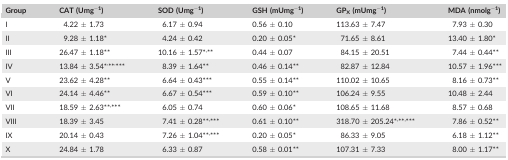
<table><thead><tr><td><b>Group</b></td><td><b>CAT (Umg<sup>−1</sup>)</b></td><td><b>SOD (Umg<sup>−1</sup>)</b></td><td><b>GSH (mUmg<sup>−1</sup>)</b></td><td><b>GP<sub>X</sub> (mUmg<sup>−1</sup>)</b></td><td><b>MDA (nmolg<sup>−1</sup>)</b></td></tr></thead><tbody><tr><td>I</td><td>4.22 ± 1.73</td><td>6.17 ± 0.94</td><td>0.56 ± 0.10</td><td>113.63 ± 7.47</td><td>7.93 ± 0.30</td></tr><tr><td>II</td><td>9.28 ± 1.18a</td><td>4.24 ± 0.42</td><td>0.20 ± 0.05a</td><td>71.65 ± 8.61</td><td>13.40 ± 1.80a</td></tr><tr><td>III</td><td>26.47 ± 1.18b</td><td>10.16 ± 1.57a<sup>,</sup>b</td><td>0.44 ± 0.07</td><td>84.15 ± 20.51</td><td>7.44 ± 0.44b</td></tr><tr><td>IV</td><td>13.84 ± 3.54a<sup>,</sup>b<sup>,</sup>c</td><td>8.39 ± 1.64b</td><td>0.46 ± 0.14b</td><td>82.87 ± 12.84</td><td>10.57 ± 1.96c</td></tr><tr><td>V</td><td>23.62 ± 4.28b</td><td>6.64 ± 0.43c</td><td>0.55 ± 0.14b</td><td>110.02 ± 10.65</td><td>8.16 ± 0.73b</td></tr><tr><td>VI</td><td>24.14 ± 4.46b</td><td>6.67 ± 0.54c</td><td>0.59 ± 0.10b</td><td>106.24 ± 9.55</td><td>10.48 ± 2.44</td></tr><tr><td>VII</td><td>18.59 ± 2.63b<sup>,</sup>c</td><td>6.05 ± 0.74</td><td>0.60 ± 0.06a</td><td>108.65 ± 11.68</td><td>8.57 ± 0.68</td></tr><tr><td>VIII</td><td>18.39 ± 3.45</td><td>7.41 ± 0.28b<sup>,</sup>c</td><td>0.61 ± 0.10b</td><td>318.70 ± 205.24a<sup>,</sup>b<sup>,</sup>c</td><td>7.86 ± 0.52b</td></tr><tr><td>IX</td><td>20.14 ± 0.43</td><td>7.26 ± 1.04b<sup>,</sup>c</td><td>0.20 ± 0.05a</td><td>86.33 ± 9.05</td><td>6.18 ± 1.12b</td></tr><tr><td>X</td><td>24.84 ± 1.78</td><td>6.33 ± 0.87</td><td>0.58 ± 0.01b</td><td>107.31 ± 7.33</td><td>8.00 ± 1.17b</td></tr></tbody></table>